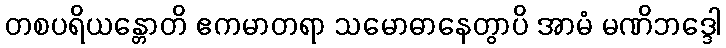
တစပရိယန္တောတိ ဧကမာတရာ သမောဓာနေတွာပိ အာမံ မဏိဘဒ္ဒေါ